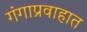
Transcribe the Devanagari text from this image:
गंगाप्रवाहात